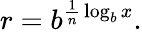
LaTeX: r=b^{{\frac{1}{n}}\log_{b}x}.